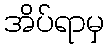
အိပ်ရာမှ